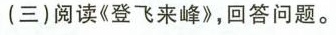
(三) 阅读《登飞来峰》，回答问题。